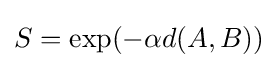
S=\exp(-\alpha {d(A,B)})